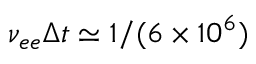
\nu _ { e e } \Delta t \simeq 1 / ( 6 \times 1 0 ^ { 6 } )